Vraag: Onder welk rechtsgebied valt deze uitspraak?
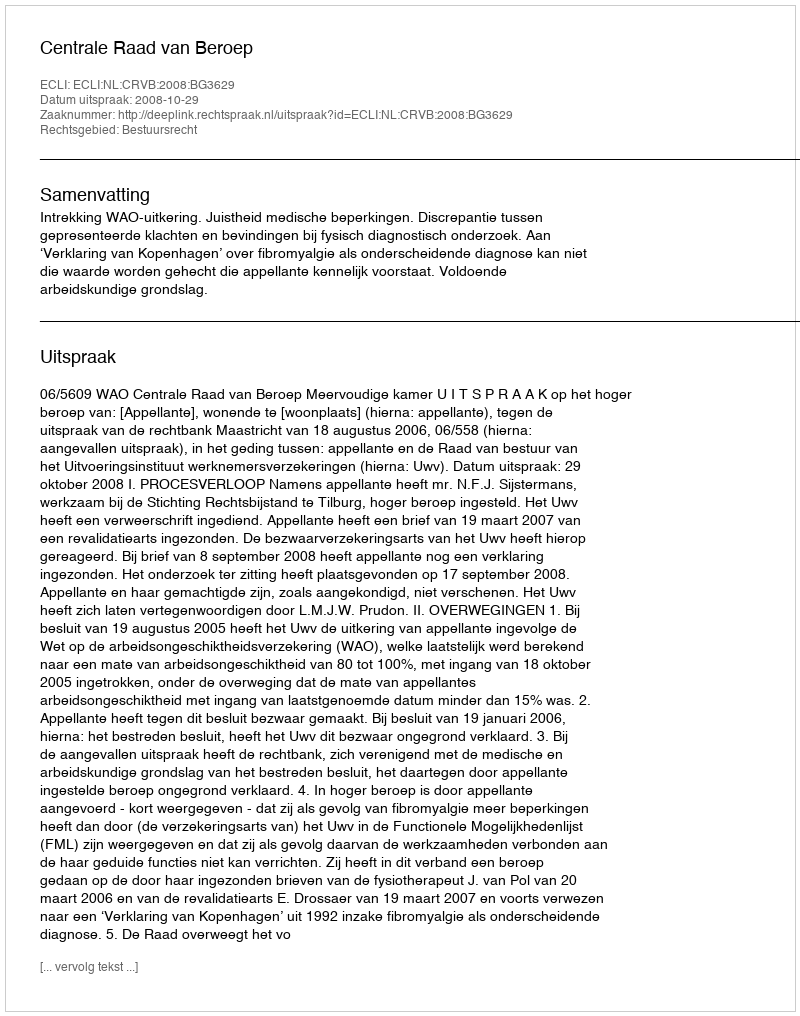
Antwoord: Bestuursrecht